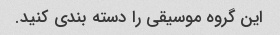
این گروه موسیقی را دسته بندی کنید.